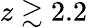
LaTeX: z\gtrsim 2.2